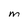
Character: M